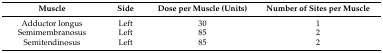
<table><thead><tr><td><b>Muscle</b></td><td><b>Side</b></td><td><b>Dose per Muscle (Units)</b></td><td><b>Number of Sites per Muscle</b></td></tr></thead><tbody><tr><td>Adductor longus</td><td>Left</td><td>30</td><td>1</td></tr><tr><td>Semimembranosus</td><td>Left</td><td>85</td><td>2</td></tr><tr><td>Semitendinosus</td><td>Left</td><td>85</td><td>2</td></tr></tbody></table>